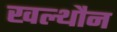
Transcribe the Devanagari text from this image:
खल्थौन